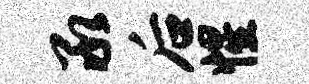
承后惺